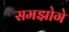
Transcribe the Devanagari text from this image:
समझोगे